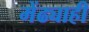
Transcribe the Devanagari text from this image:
मेंढ्याही